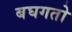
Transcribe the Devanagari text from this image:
बघगतो